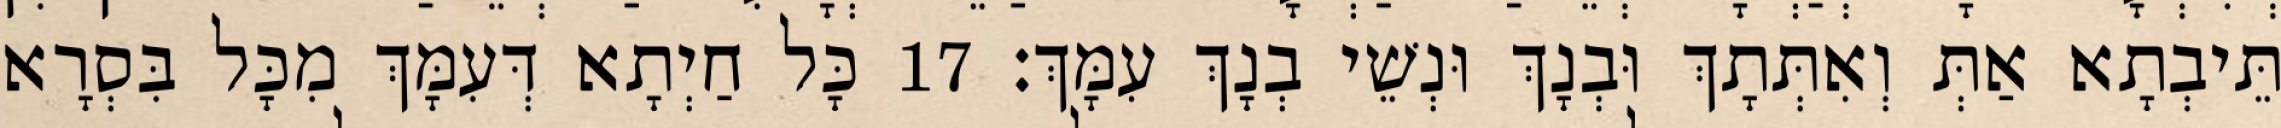
תֵּיבְתָא אַתְּ וְאִתְּתָךְ וּבְנָךְ וּנְשֵׁי בְנָךְ עִמָּךְ׃ 17 כָּל חַיְתָא דְּעִמָּךְ מִכָּל בִּסְרָא